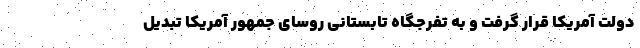
دولت آمریکا قرار گرفت و به تفرجگاه تابستانی روسای جمهور آمریکا تبدیل